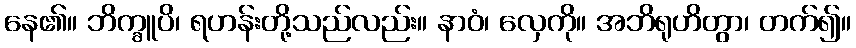
နေ၏။ ဘိက္ခူပိ၊ ရဟန်းတို့သည်လည်း။ နာဝံ၊ လှေကို။ အဘိရုဟိတွာ၊ တက်၍။